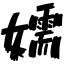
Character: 嬬